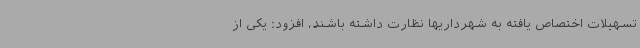
تسهیلات اختصاص یافته به شهرداریها نظارت داشته باشند، افزود: یکی از